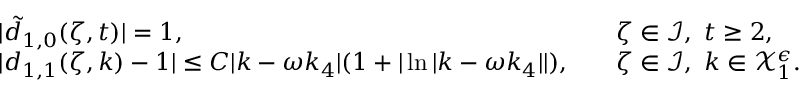
\begin{array} { r l r l } & { | \tilde { d } _ { 1 , 0 } ( \zeta , t ) | = 1 , } & & { \zeta \in \mathcal { I } , \ t \geq 2 , } \\ & { | d _ { 1 , 1 } ( \zeta , k ) - 1 | \leq C | k - \omega k _ { 4 } | ( 1 + | \ln | k - \omega k _ { 4 } | | ) , } & & { \zeta \in \mathcal { I } , \ k \in \mathcal { X } _ { 1 } ^ { \epsilon } . } \end{array}